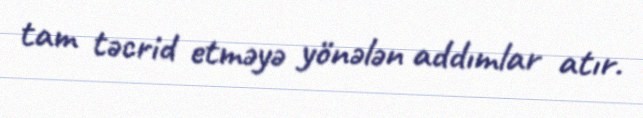
tam təcrid etməyə yönələn addımlar atır.